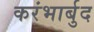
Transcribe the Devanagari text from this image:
करंभार्बुद